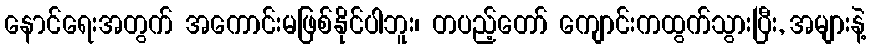
နောင်ရေးအတွက် အကောင်းမဖြစ်နိုင်ပါဘူး၊ တပည့်တော် ကျောင်းကထွက်သွားပြီး, အများနဲ့